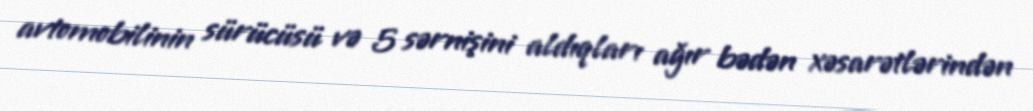
avtomobilinin sürücüsü və 5 sərnişini aldıqları ağır bədən xəsarətlərindən